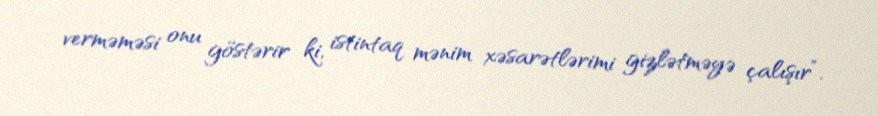
verməməsi onu göstərir ki, istintaq mənim xəsarətlərimi gizlətməyə çalışır”.